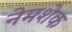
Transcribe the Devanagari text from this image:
नेमशेक